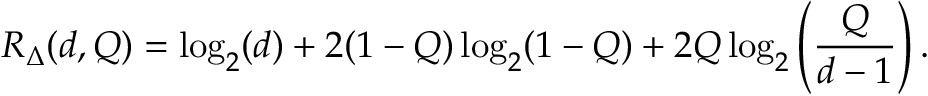
R _ { \Delta } ( d , Q ) = \log _ { 2 } ( d ) + 2 ( 1 - Q ) \log _ { 2 } ( 1 - Q ) + 2 Q \log _ { 2 } \left( \frac { Q } { d - 1 } \right) .